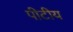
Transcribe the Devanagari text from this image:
पीटीय